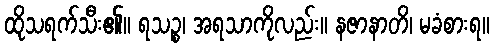
ထိုသရက်သီး၏။ ရသဉ္စ၊ အရသာကိုလည်း။ နဇာနာတိ၊ မခံစားရ။